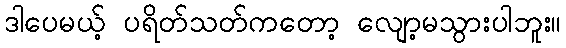
ဒါပေမယ့် ပရိတ်သတ်ကတော့ လျော့မသွားပါဘူး။